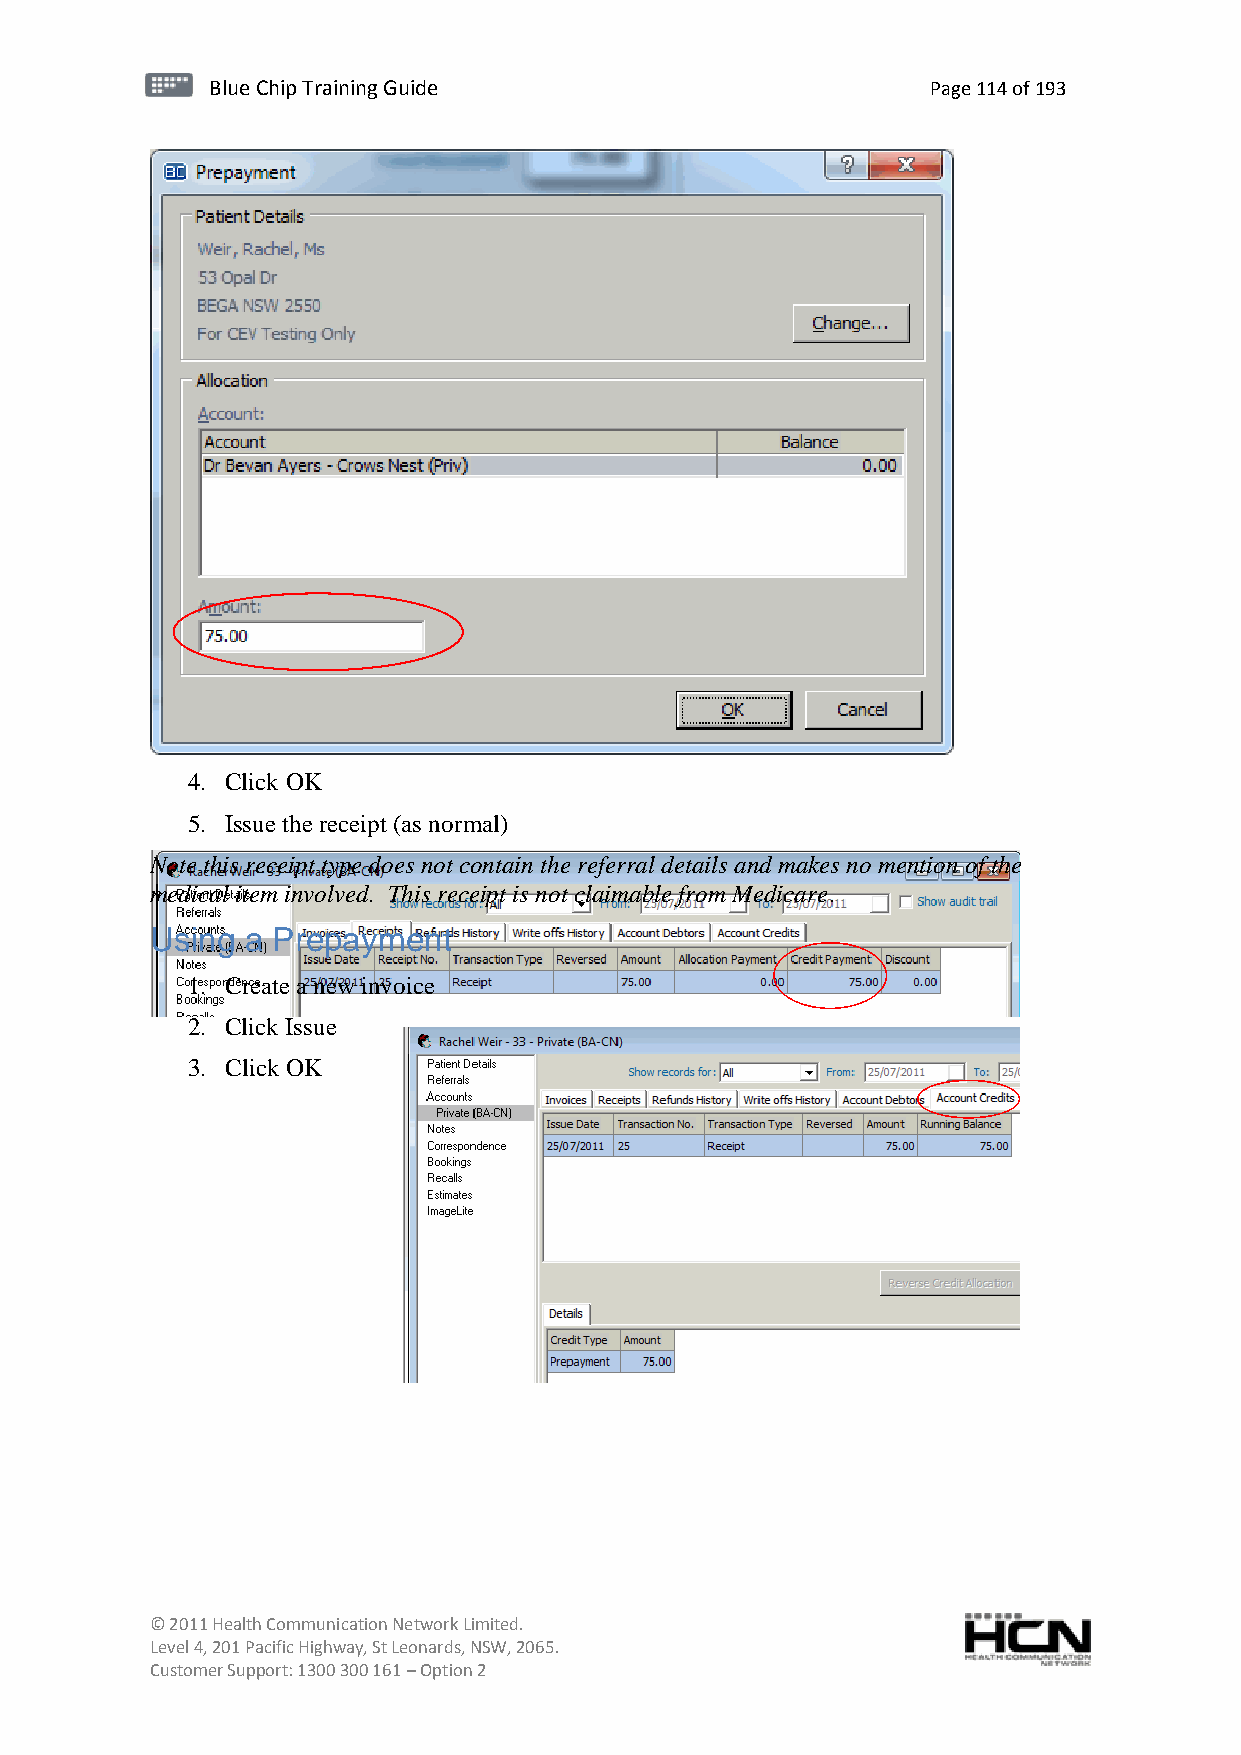
BBlluuee C Chihpi pTr Tairnainingi Gnugi dGeu ide Page 114 of 193
 4. Click OK
 5. Issue the receipt (as normal)
 Note this receipt type does not contain the referral details and makes no mention of the
 medical item involved. This receipt is not claimable from Medicare.
 Using a Prepayment
 1. Create a new invoice
 2. Click Issue
 3. Click OK
 © 2011 Health Communication Network Limited.
 Level 4, 201 Pacific Highway, St Leonards, NSW, 2065.
 Customer Support: 1300 300 161 – Option 2